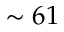
\sim 6 1